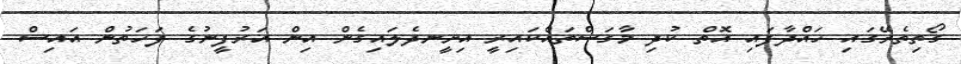
ގޯތިތެރޭގައި ހައްދާފައި އޮތް ކުދި މާގަސްތައްކައިރީ އިށީނދެލައިގެން އިން އަރުފީނުގެ ފަހަތުން އައިސް